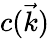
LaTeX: c(\vec{k})